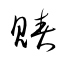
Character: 賰